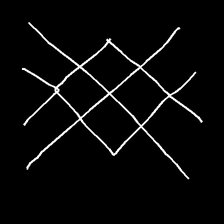
Glyph: crystal